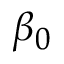
\beta _ { 0 }